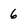
Character: 6